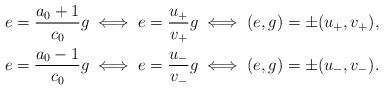
LaTeX: \begin{align*} e = \frac{a_0+ 1}{c_0}g & \iff e = \frac{u_+}{v_+} g \iff (e,g)=\pm(u_+,v_+), \\ e = \frac{a_0- 1}{c_0}g & \iff e = \frac{u_-}{v_-} g \iff (e,g)=\pm(u_-,v_-).\end{align*}